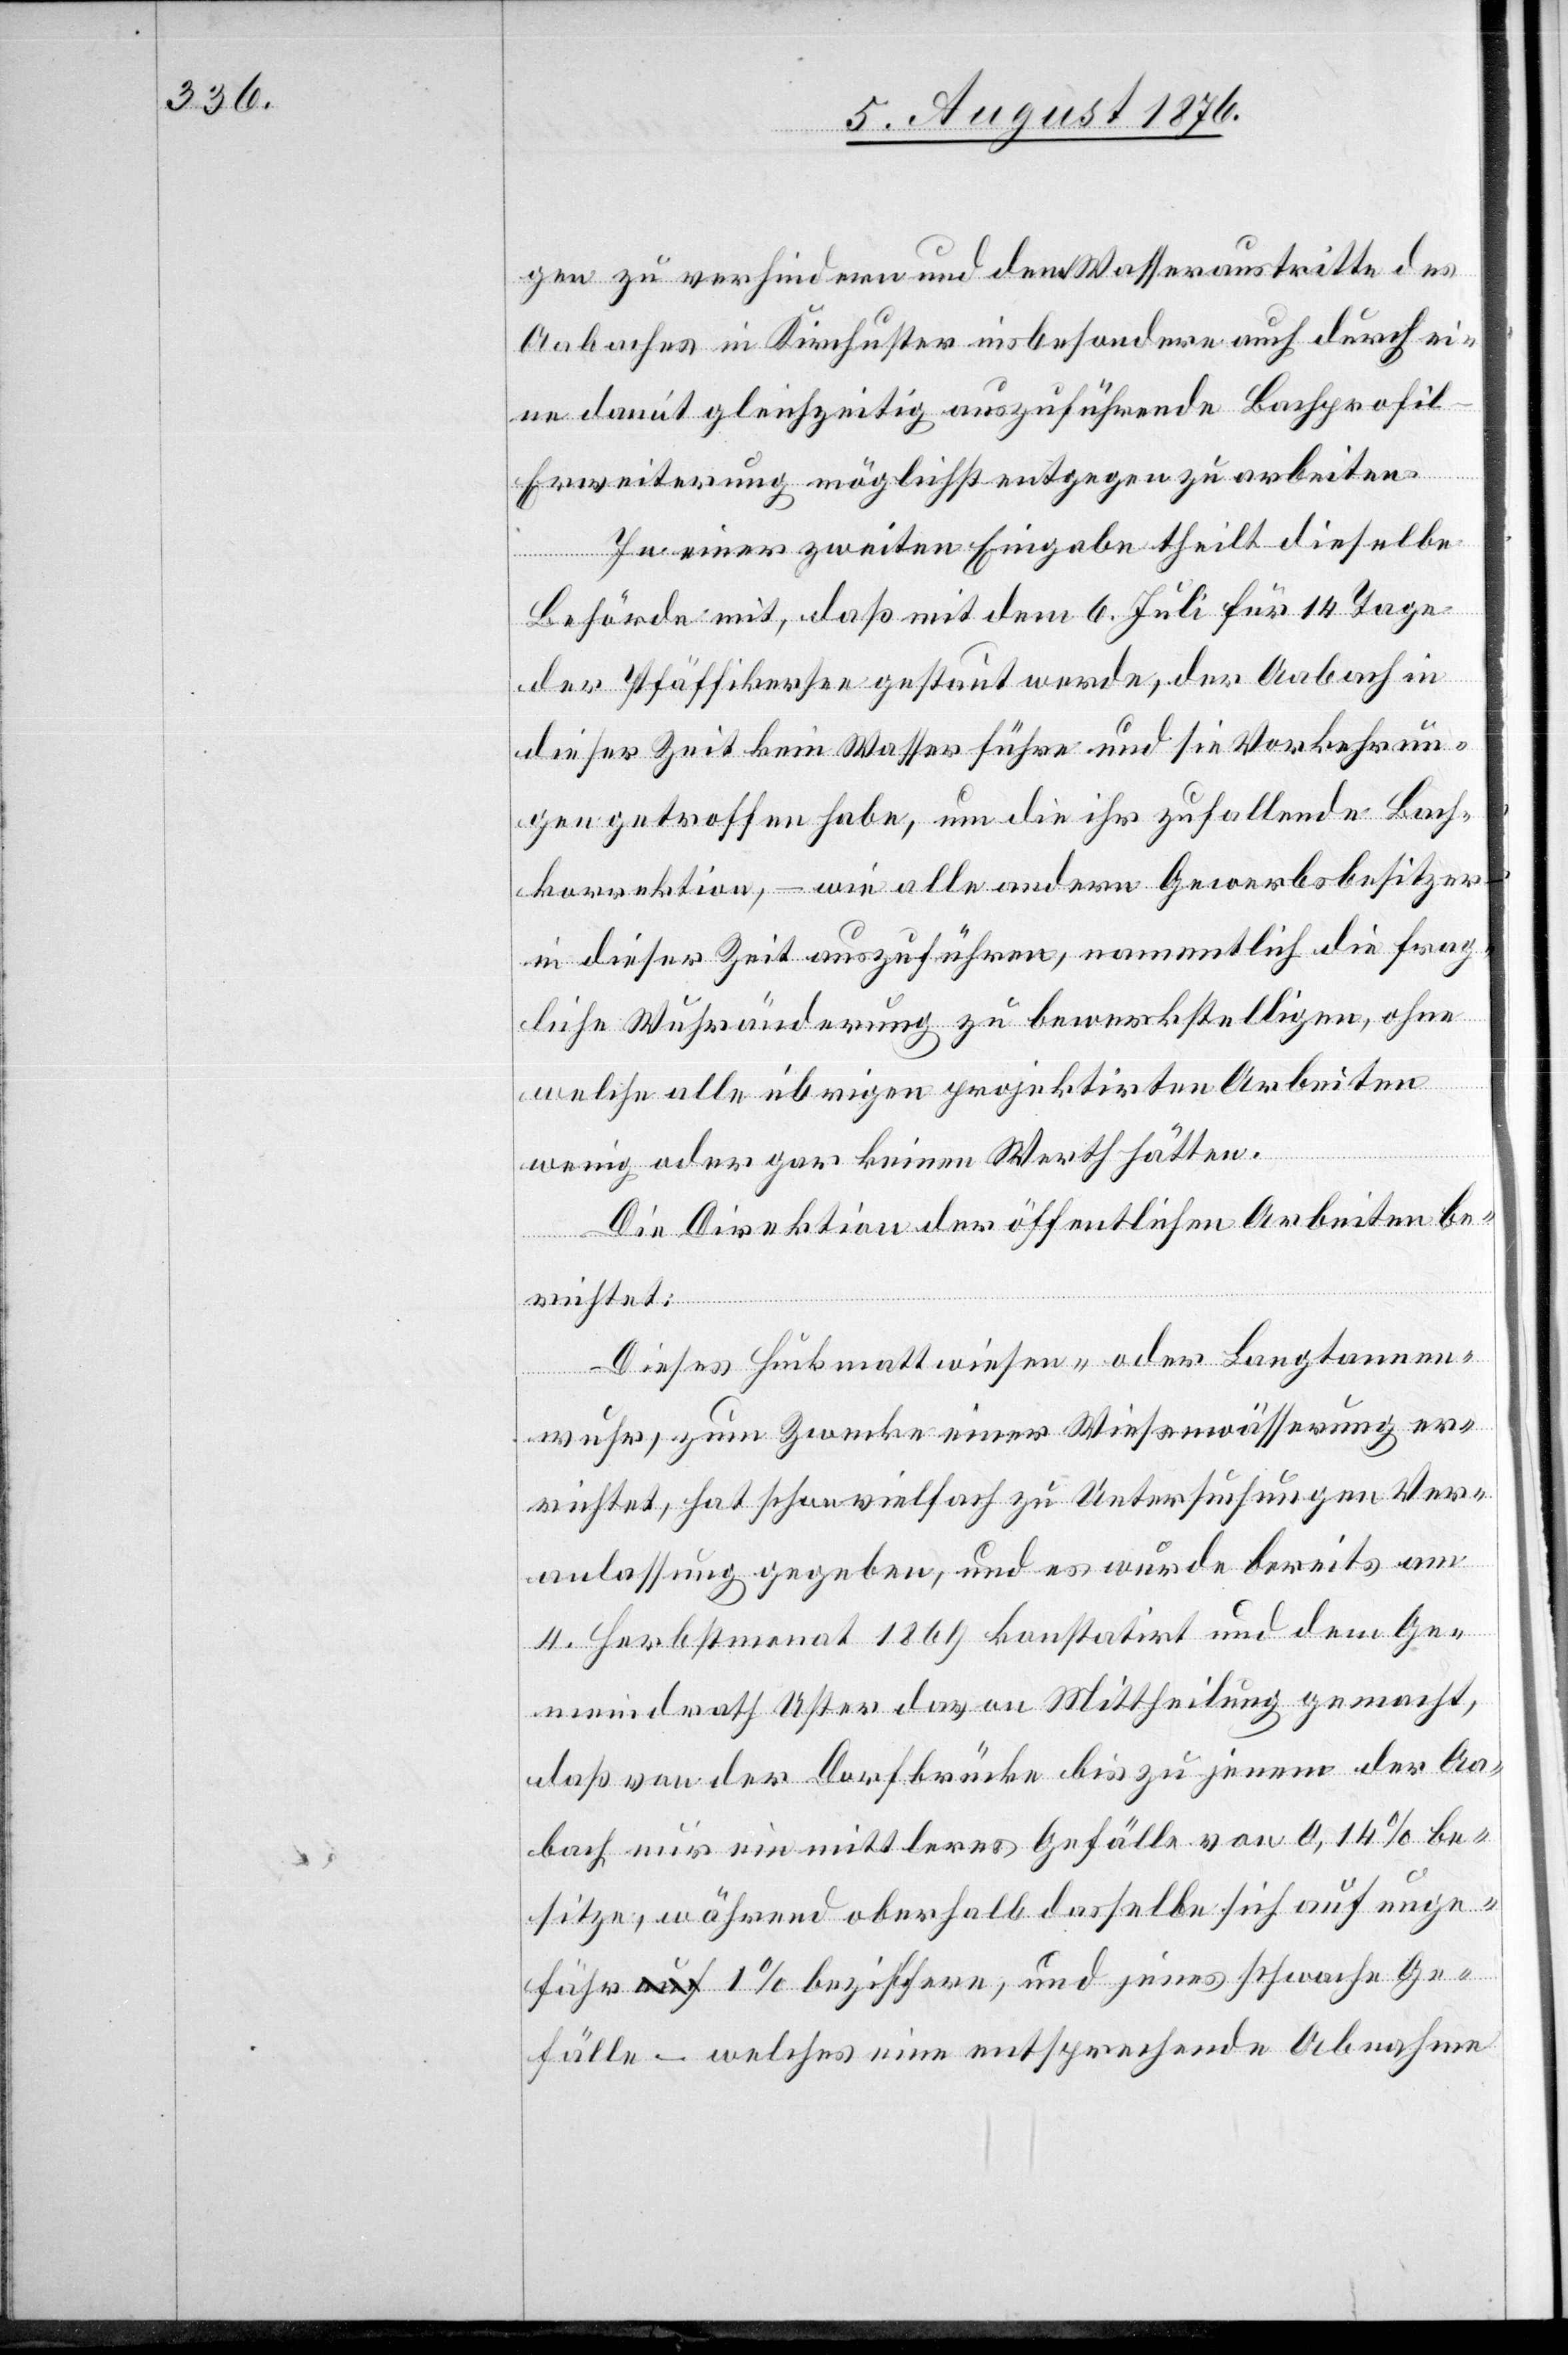
gen zu verhindern und dem Wasseraustritte des
Aabaches in Kirchuster insbesondere auch durch ei¬
ne damit gleichzeitig auszuführende Bachprofi¬
l-Erweiterung möglichst entgegen zu arbeiten.
In einer zweiten Eingabe theilt dieselbe
Behörde mit, das mit dem 6. Juli für 145 Tage
der Pfäffikersee gestaut werde, der Aabach in
dieser Zeit kein Wasser führe und sie Vorkehrun¬
gen getroffen habe, um die ihr zufallende Bach¬
korrektion, – wie alle andern Gewerbsbesitzer
in dieser Zeit auszuführen namentlich die frag¬
liche Wuhränderung zu bewerkstelligen, ohne
welche alle übrigen projektirten Arbeiten
wenig oder gar keinen Werth hätten.
Die Direktion der öffentlichen Arbeiten be¬
richtet:
Dieses Huckmattwiesen- oder Langtannen¬
Ver¬
anlassung gegeben, und es wurde bereits am
4. Herbstmonat 1869 konstatirt und dem Ge¬
meindrath Uster davon Mittheilung gemacht,
das von der Dorfbrücke bis zu jenem der Aa¬
bach nur ein mittleres Gefälle von 0,14 % be¬
sitze, während oberhalb dasselbe sich auf unge¬
fähr 1 % beziffere, und jenes schwache Ge¬
fälle – welches eine entsprechende Abnahme